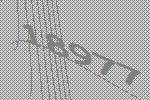
18977